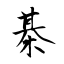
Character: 棊